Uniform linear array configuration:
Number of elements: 16
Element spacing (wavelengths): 0.75
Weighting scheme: exponential
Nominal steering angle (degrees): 30
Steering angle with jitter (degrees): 29.999
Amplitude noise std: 0.05
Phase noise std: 0.05

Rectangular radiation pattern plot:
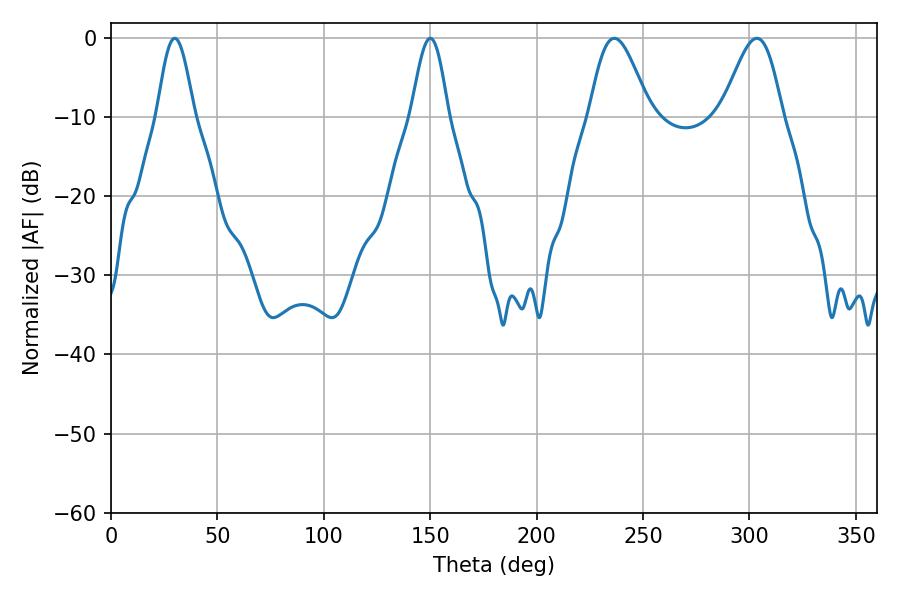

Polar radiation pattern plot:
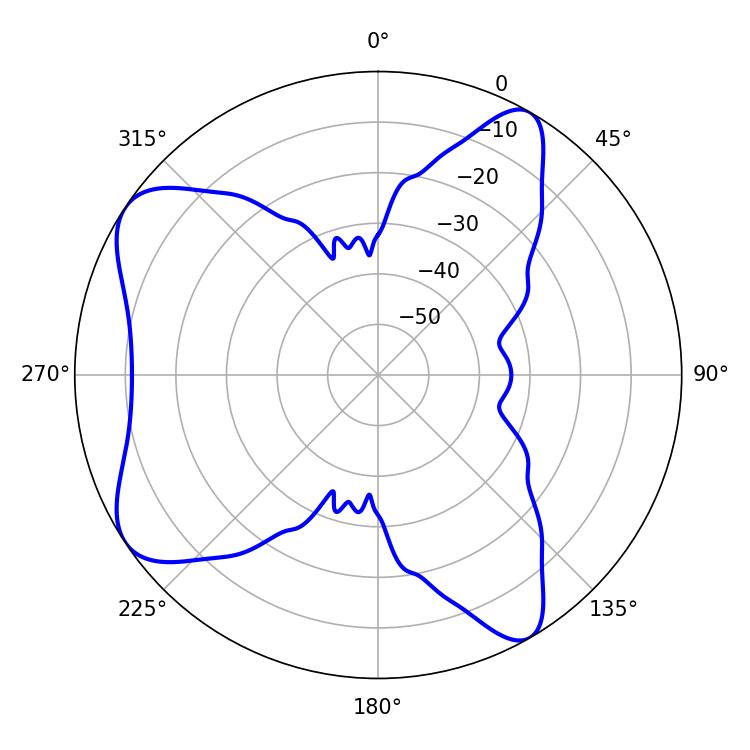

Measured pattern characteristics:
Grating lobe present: TRUE
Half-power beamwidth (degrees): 14.94
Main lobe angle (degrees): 236.52